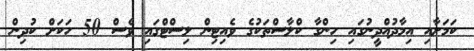
ކަމަށާއި އިމާދުއްދީނުގައި ހިންގާ ކްލާސްތަކުގެ ވެއިޓިން ލިސްޓްގައި ވެސް 50 ހަކަށް ކުދިން